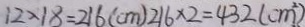
1 2 \times 1 8 = 2 1 6 ( c m ) 2 1 6 \times 2 = 4 3 2 ( c m ^ { 2 } )